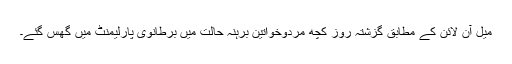
میل آن لائن کے مطابق گزشتہ روز کچھ مردوخواتین برہنہ حالت میں برطانوی پارلیمنٹ میں گھس گئے۔